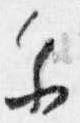
参